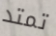
تمتد